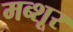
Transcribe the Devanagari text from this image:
मब्शूर